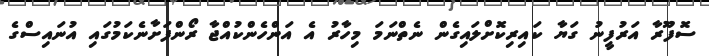
ސޮފޫރާ އަރުފީނު ގަޔާ ކައިރިކޮށްލައިގެން ނެތްނަމަ މިހާރު އެ އަންހެންކުއްޖާ ރޯންފަށާނެކަމުގައި އުނައިސްގެ